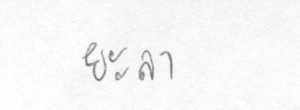
ยะลา